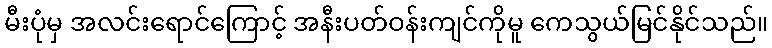
မီးပုံမှ အလင်းရောင်ကြောင့် အနီးပတ်ဝန်းကျင်ကိုမူ ကေသွယ်မြင်နိုင်သည်။